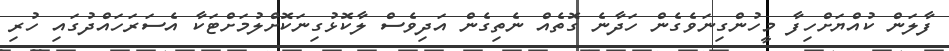
ފާލަން ކުއްޔަށްހިފާ މީހުންގިނަވެގެން ހަދާނެ ގޮތެއް ނެތިގެން އަދިވެސް ލާކޮޅުގިނަކޮށްލުމަށްޓަކާ އެސަރަހައްދުގައި ހުރި